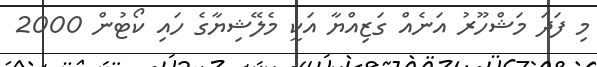
މި ފަދަ މަޝްހޫރު އަނެއް ގަޒިއްޔާ އަކީ މެލޭޝިޔާގެ ހައި ކޯޓުން 2000